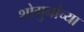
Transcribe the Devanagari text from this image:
शोगुनांच्या